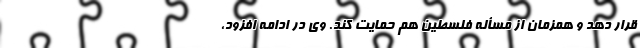
قرار دهد و همزمان از مسأله فلسطین هم حمایت کند. وی در ادامه افزود،